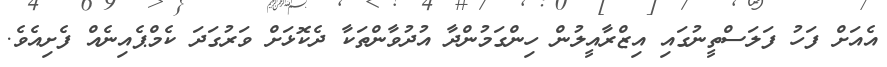
އެއަށް ފަހު ފަލަސްތީނުގައި އިޒްރާއީލުން ހިންގަމުންދާ އުދުވާންތަކާ ދެކޮޅަށް ވަރުގަދަ ކެމްޕެއިނެއް ފެށިއެވެ.